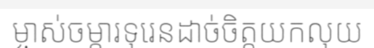
ម្ចាស់ចម្ការទុរេនដាច់ចិត្តយកលុយ